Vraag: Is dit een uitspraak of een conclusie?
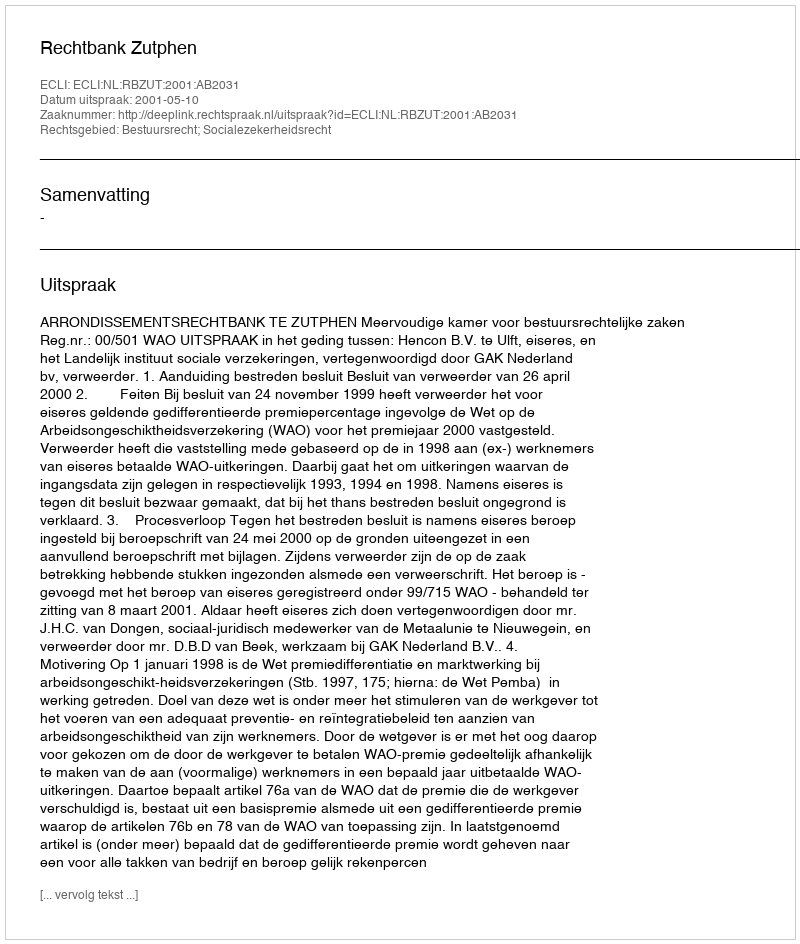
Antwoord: Uitspraak